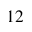
_ { 1 2 }